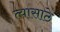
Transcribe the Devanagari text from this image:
त्यासाठे